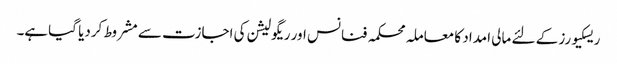
ریسکیورز کے لئے مالی امداد کا معاملہ محکمہ فنانس اور ریگولیشن کی اجازت سے مشروط کردیا گیاہے۔